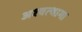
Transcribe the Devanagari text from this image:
अश्‍वत्थामा